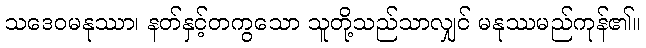
သဒေဝမနုဿာ၊ နတ်နှင့်တကွသော သူတို့သည်သာလျှင် မနုဿမည်ကုန်၏။